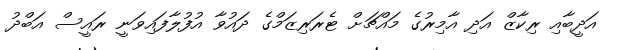
އަދީބާއި ރިކާޒް އަދި އާމިރުގެ މައްޗަށް ޓެރަރިޒަމްގެ ދައުވާ އުފުލާފައިވަނީ ރައީސް އަބްދު